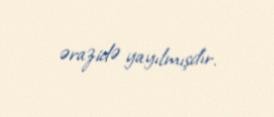
ərazidə yayılmışdır.